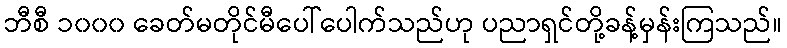
ဘီစီ ၁၀၀၀ ခေတ်မတိုင်မီပေါ်ပေါက်သည်ဟု ပညာရှင်တို့ခန့်မှန်းကြသည်။